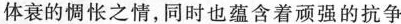
体衰的惆怅之情，同时也蕴含着顽强的抗争